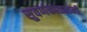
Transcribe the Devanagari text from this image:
सुवर्णकाळातली